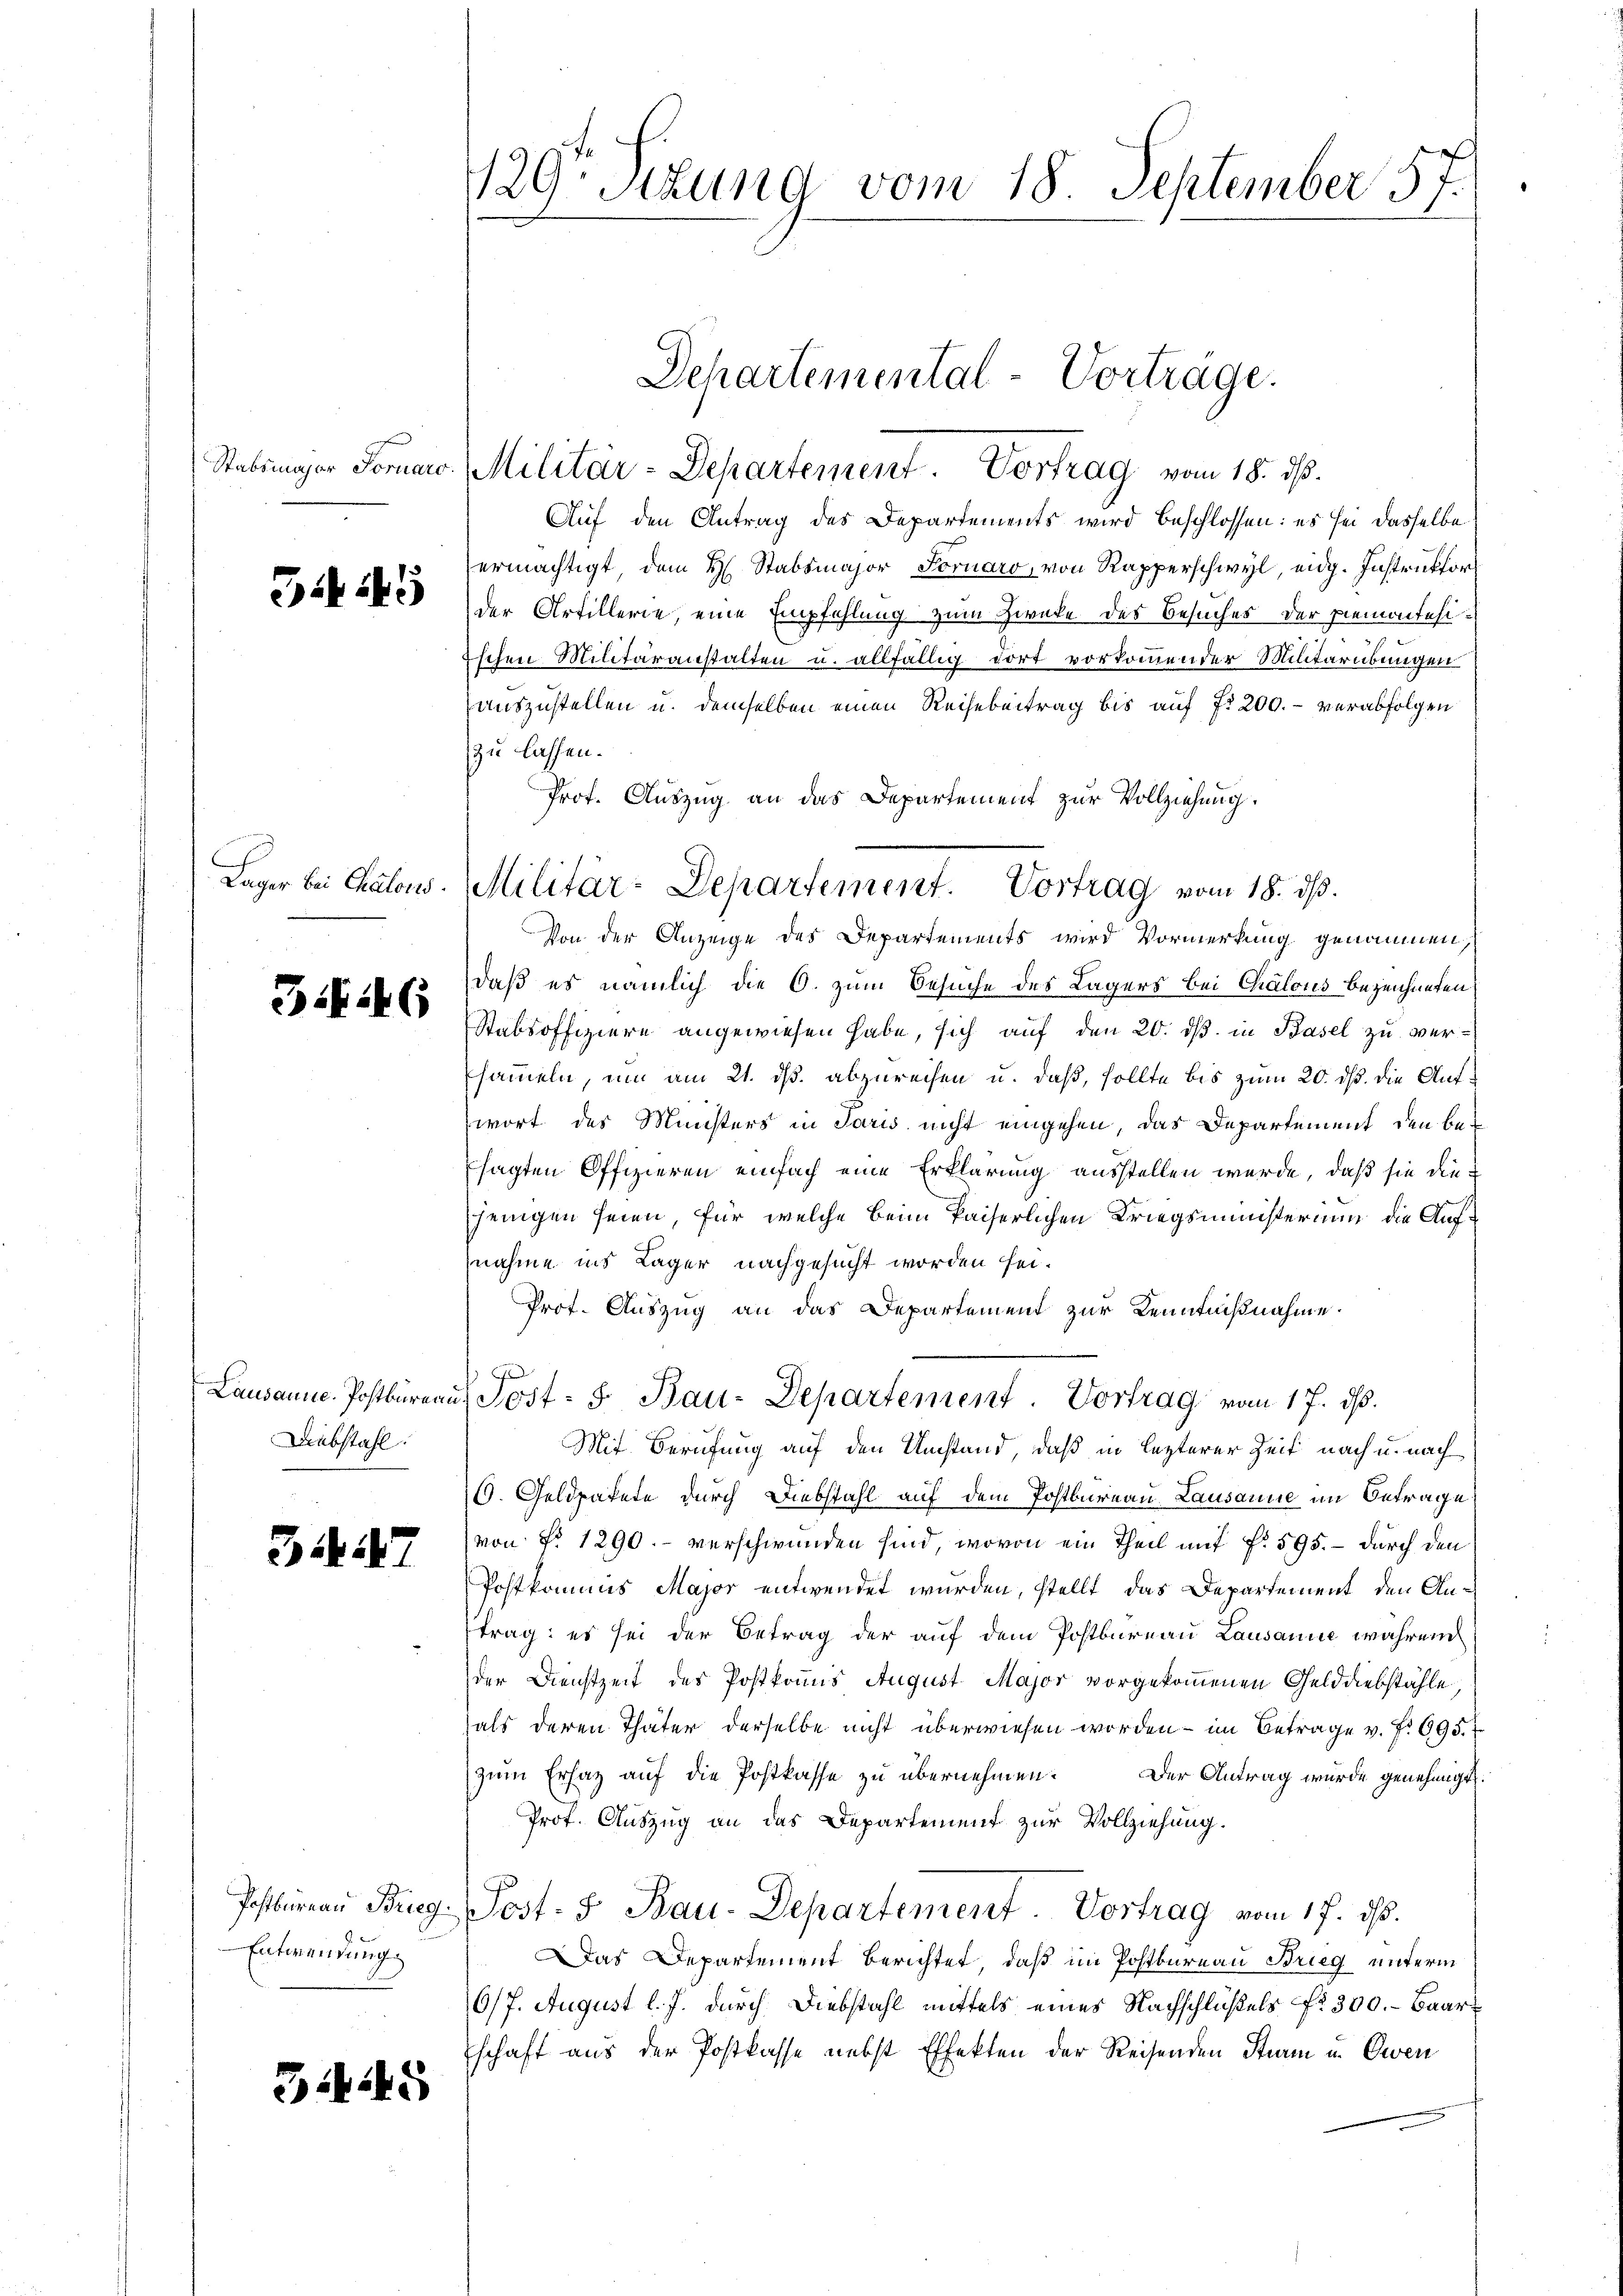
J.G

3. 46

Lausanne. Postbüren.
Diebstahl

3447

3445

129. Sitzung vom 18. September 57.

Entwendung

Lager bei Patows. Militär-Departement. Vortrag vom 18. ds.
Von der Anzeige des Departements wird Vormerkung genommen,

Auf den Antrag des Departements wird beschlossen: es sei dasselbe
ermächtigt, dem H. Stabsmajor Fornaro, von Rapperschwyl, eidg. Instruktor
der Artillerie, eine Empfehlung zum Zwecke des Besuches der Piemontesischen Militäranstalten u. allfällig dort vorkommender Militärübungen
auszustellen u. demselben einen Reihebeitrag bis auf fr 200. - verabfolgen
zu lassen.
Prof. Auszug an das Departement zur Vollziehung.
daß es nämlich die O. zum Besuche des Lagers bei Chalous bezeichneten
Stabsoffiziere angewiesen habe, sich auf den 20. ds. in Basel zu versammeln, um am 21. ds. abzureihen u. daß, sollte bis zum 20. ds. die Aufwort des Ministers in Paris nicht eingehen, das Departement den besagten Offizieren einfach eine Erklärung ausstellen werde, daß sie diejenigen seien, für welche beim Paiserlichen Kriegsministerium die Aufnahme ins Lager nachgesucht worden sei.
Prot. Auszug an das Departement zur Kenntnißnahme.
G
u. Post- 5. Bau-Departement. Vortrag vom 17. ds.
Mit Berufung auf den Umstand, daß in lezterer Zeit nach u. nach
6. Geldpakete durch Diebstahl auf dem Postbureau. Lausanne in Betrage
(von No 1290. - verschwunden sind, wovon ein Theil mit f. 595. – durch den
Postkommis Major entwendet wurden, stellt, das Departement den Antrag: es sei der Betrag der auf dem Postbureau Lausanne während
der Dienstzeit des Postkomis August Major vorgekommenen Gelddiebstähle,
als deren Thäter derselbe nicht überwiesen worden - im Betrage v. 7. 695.
zum Erlag auf die Postkasse zu übernehmen. Der Antrag wurde genehmigt.
Prof. Auszug an das Departement zur Vollziehung.
Posternen Brug. Post- & Bau-Departement. Vortrag vom 17. ds.
Das Departement berichtet, daß im Postbureau Brieg unterm
6/7. August l. J. durch Diebstahl mittels eines Nachschlüßels No 300. - Baarschaft aus der Postkasse nebst Effekten der Reisenden Sturm u. Owen

Schartemental-Vorträge.
Stabsmajor Fornaro Militär-Departement. Vortrag vom 18. ds.